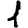
Digit: 1